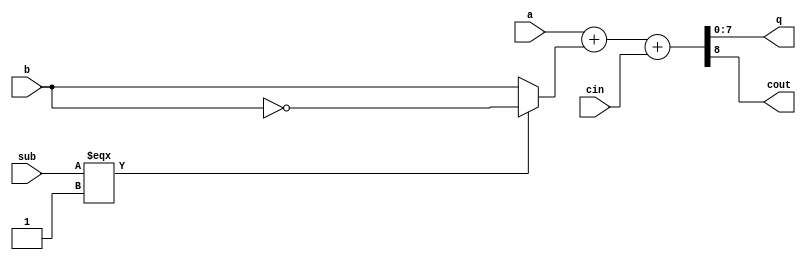
/*
 * Copyright 2018 MicroFPGA UG
 * Apache 2.0 License
 */


module addsub8 (
   a,
   b,
   q,
   sub,
   cin,
   cout
);
 

input   [7:0] a; 
input   [7:0] b; 
output  [7:0] q; 
input   sub; 
input   cin; 
output  cout; 

wire    [7:0] q; 
wire    cout; 
wire    [8:0] A_i; 
wire    [8:0] B_i; 
wire    [8:0] Full_Carry; 
wire    [8:0] Res_i; 

assign B_i[8] = 1'b 0; 
assign B_i[7:0] = sub === 1'b 1 ? ~b : b; 
assign A_i[8] = 1'b 0; 
assign A_i[7:0] = a; 
assign Full_Carry[8:1] = 8'b 00000000; 
assign Full_Carry[0] = cin; 
assign Res_i = A_i + B_i + Full_Carry; 
assign cout = Res_i[8]; 
assign q = Res_i[7:0]; 

endmodule // module addsub8